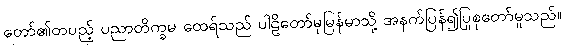
တော်၏တပည့် ပညာတိက္ခမ ထေရ်သည် ပါဠိတော်မှမြန်မာသို့ အနက်ပြန်၍ပြုစုတော်မူသည်။